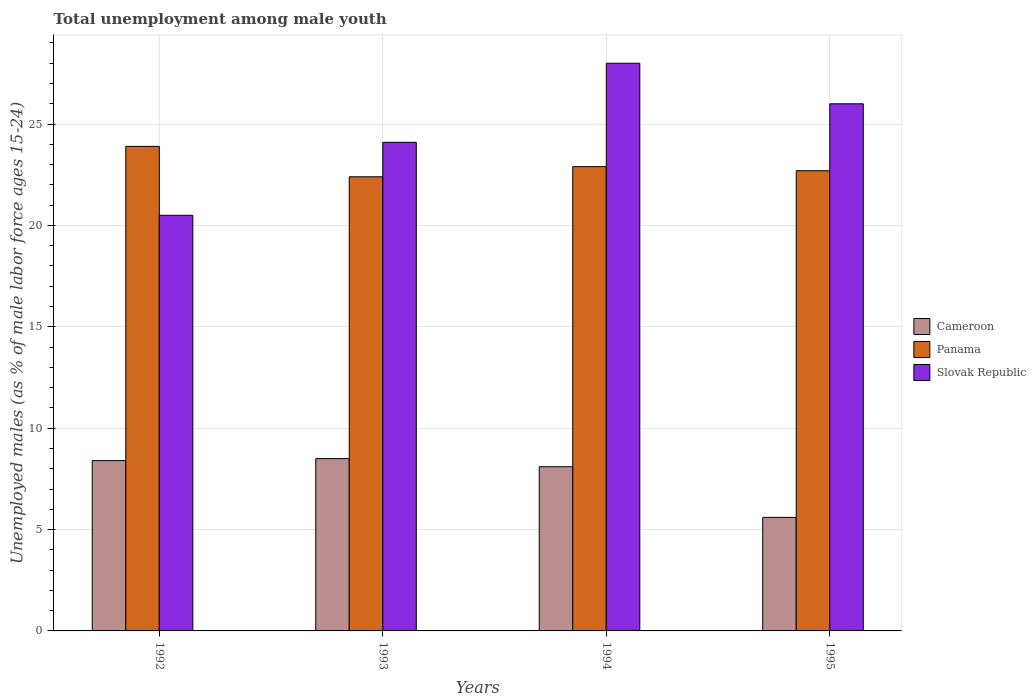
| Years | Cameroon | Panama | Slovak Republic |
 | --- | --- | --- | --- |
 | 1992 | 8.4 | 23.9 | 20.5 |
 | 1993 | 8.5 | 22.4 | 24.1 |
 | 1994 | 8.1 | 22.9 | 28 |
 | 1995 | 5.6 | 22.7 | 26 |